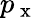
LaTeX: p_{\mathrm{~x~}}